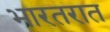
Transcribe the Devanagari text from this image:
भारतरात